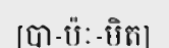
[បា-ប៉ៈ-មិត]